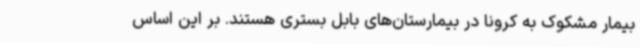
بیمار مشکوک به کرونا در بیمارستان‌های بابل بستری هستند. بر این اساس